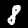
Label: 8